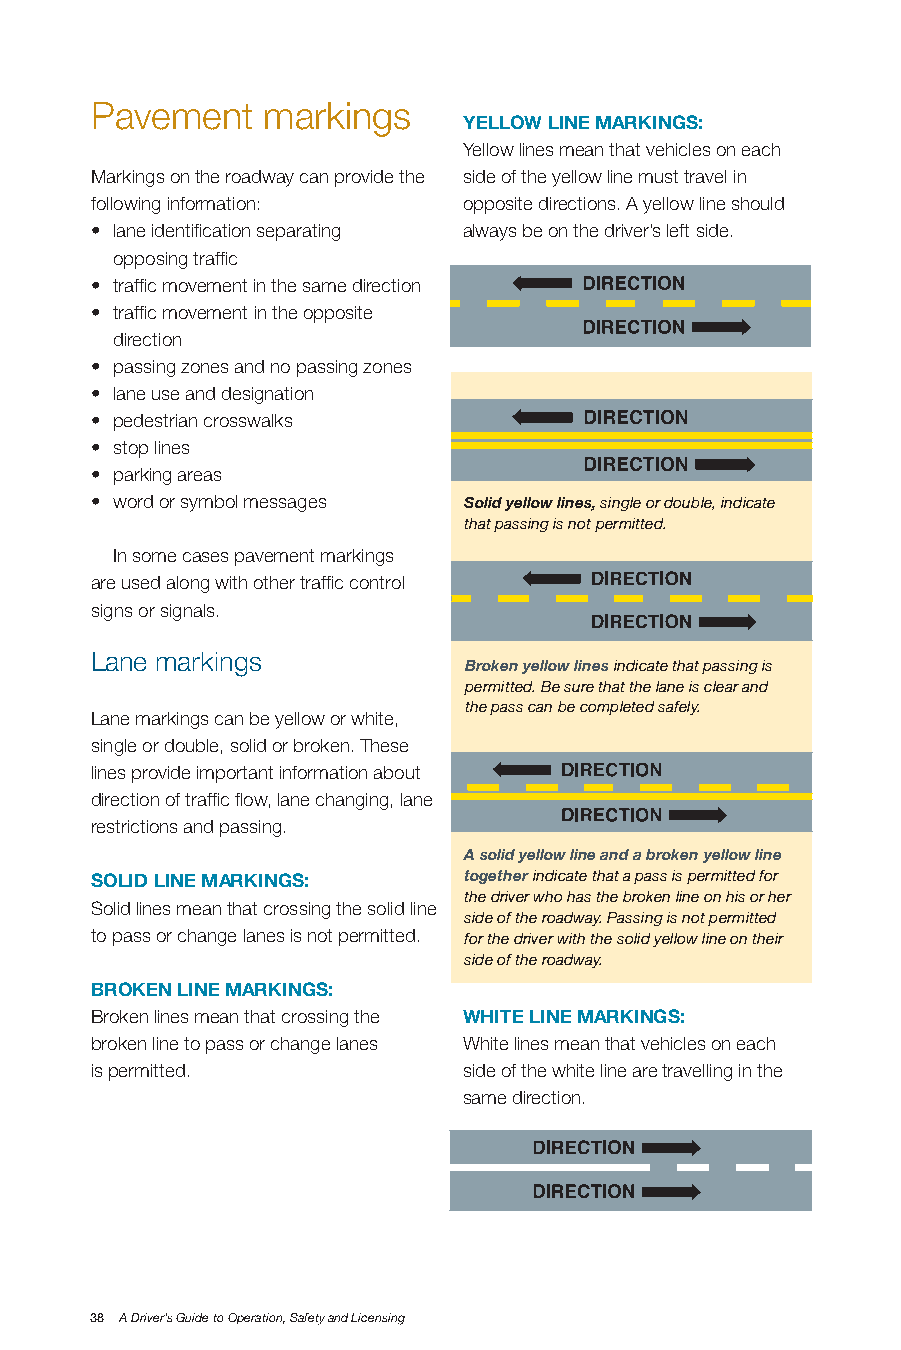
Pavement   markings
 yELLow LInE mARKInGS:
 Yellow lines mean that vehicles on each
 Markings on the roadway can provide the side of the yellow line must travel in
 following information:   opposite directions. A yellow line should
 • lane identification separating always be on the driver’s left side.
 opposing traffic
 • traffic movement in the same direction
 • traffic movement in the opposite
 direction
 • passing zones and no passing zones
 • lane use and designation
 • pedestrian crosswalks
 • stop lines
 • parking areas
 • word or symbol messages Solid yellow lines, single or double, indicate
 that passing is not permitted.
 In some cases pavement markings
 are used along with other traffic control
 signs or signals.
 Lane markings
 Broken yellow lines indicate that passing is
 permitted. Be sure that the lane is clear and
 the pass can be completed safely.
 Lane markings can be yellow or white,
 single or double, solid or broken. These
 lines provide important information about
 direction of traffic flow, lane changing, lane
 restrictions and passing.
 A solid yellow line and a broken yellow line
 SoLID LInE mARKInGS:     together indicate that a pass is permitted for
 the driver who has the broken line on his or her
 Solid lines mean that crossing the solid line
 side of the roadway. Passing is not permitted
 to pass or change lanes is not permitted. for the driver with the solid yellow line on their
 side of the roadway.
 bRoKEn LInE mARKInGS:
 Broken lines mean that crossing the wHITE LInE mARKInGS:
 broken line to pass or change lanes White lines mean that vehicles on each
 is permitted.            side of the white line are travelling in the
 same direction.
 38 A Driver’s Guide to Operation, Safety and Licensing